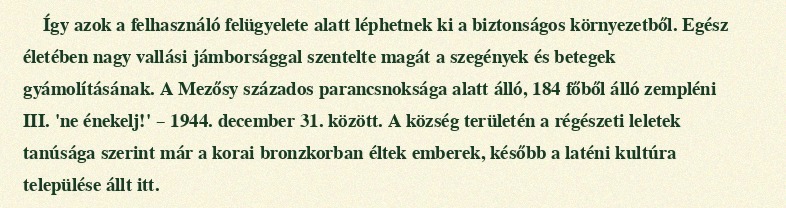
Így azok a felhasználó felügyelete alatt léphetnek ki a biztonságos környezetből. Egész életében nagy vallási jámborsággal szentelte magát a szegények és betegek gyámolításának. A Mezősy százados parancsnoksága alatt álló, 184 főből álló zempléni III. 'ne énekelj!' – 1944. december 31. között. A község területén a régészeti leletek tanúsága szerint már a korai bronzkorban éltek emberek, később a laténi kultúra települése állt itt.